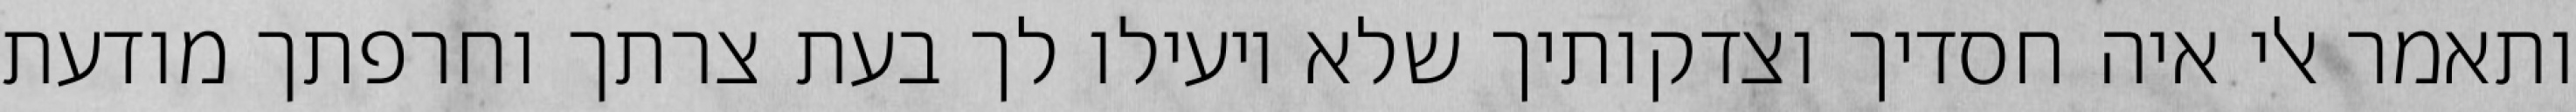
ותאמר אלי איה חסדיך וצדקותיך שלא יועילו לך בעת צרתך וחרפתך מודעת